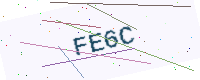
Text: FE6C